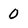
Character: 0